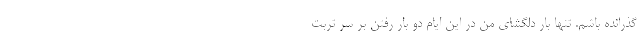
گذرانده باشم. تنها بار دلگشای من در این ایام دو بار رفتن بر سر تربت